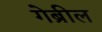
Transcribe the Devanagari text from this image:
गेब्रील